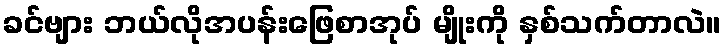
ခင်ဗျား ဘယ်လိုအပန်းဖြေစာအုပ် မျိုးကို နှစ်သက်တာလဲ။